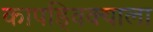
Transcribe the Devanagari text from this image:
कापड्विक्याला